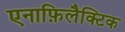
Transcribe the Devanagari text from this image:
एनाफ़िलैक्टिक